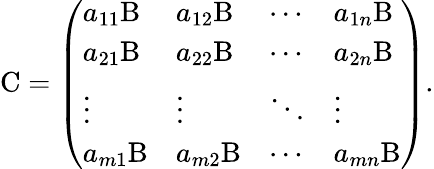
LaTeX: \mathrm{C}=\left(\begin{array}{llll}{a_{11}\mathrm{B}}&{a_{12}\mathrm{B}}&{\cdots}&{a_{1n}\mathrm{B}}\\ {a_{21}\mathrm{B}}&{a_{22}\mathrm{B}}&{\cdots}&{a_{2n}\mathrm{B}}\\ {\vdots}&{\vdots}&{\ddots}&{\vdots}\\ {a_{m1}\mathrm{B}}&{a_{m2}\mathrm{B}}&{\cdots}&{a_{mn}\mathrm{B}}\end{array}\right).